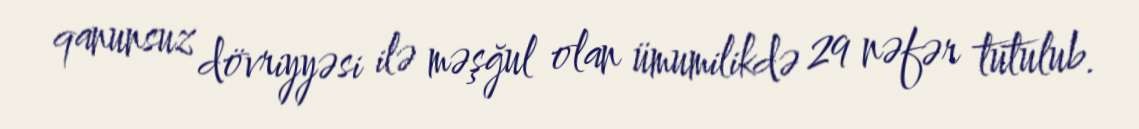
qanunsuz dövriyyəsi ilə məşğul olan ümumilikdə 29 nəfər tutulub.